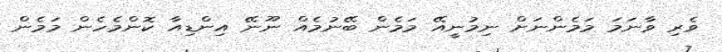
ވެރި ވާނަމަ މަމެންނަށް ނިމުނީއޭ މަމެން ބޭނުމެއް ނޫނޭ އިންޑިއާ ކޮންމެހެން މަމެން